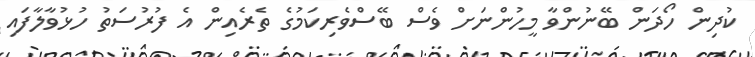
ކުދިން ހޯދަން ބޭނުންވާ މީހުންނަށް ވެސް ބޭސްވެރިކަމުގެ ތެރެއިން އެ ފުރުސަތު ހުޅުވާލާފައި